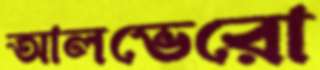
আলভেরো